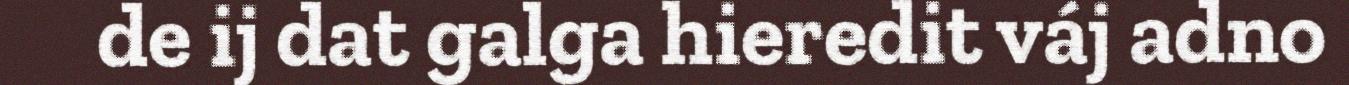
de ij dat galga hieredit váj adno